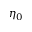
\eta _ { 0 }